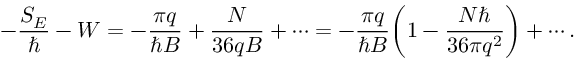
- \frac { S _ { E } } { \hbar } - W = - \frac { \pi q } { \hbar B } + \frac { N } { 3 6 q B } + \cdots = - \frac { \pi q } { \hbar B } \biggl ( 1 - \frac { N \hbar } { 3 6 \pi q ^ { 2 } } \biggr ) + \cdots .